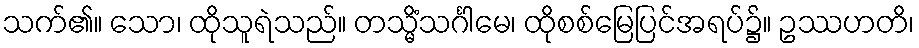
သက်၏။ သော၊ ထိုသူရဲသည်။ တသ္မိံသင်္ဂါမေ၊ ထိုစစ်မြေပြင်အရပ်၌။ ဥဿဟတိ၊